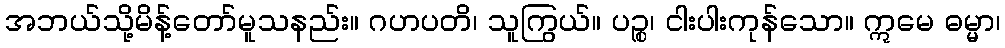
အဘယ်သို့မိန့်တော်မူသနည်း။ ဂဟပတိ၊ သူကြွယ်။ ပဉ္စ၊ ငါးပါးကုန်သော။ ဣမေ ဓမ္မာ၊